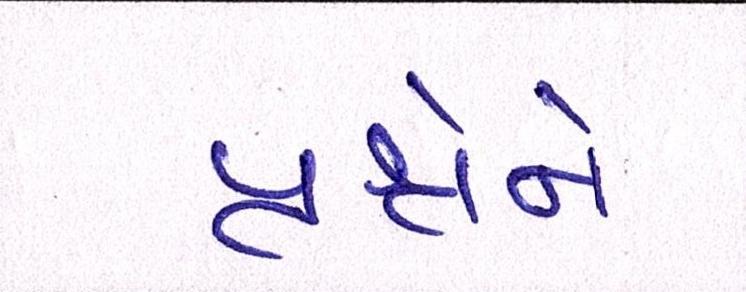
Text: પ્રશ્નોને